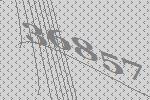
36857